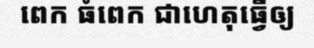
ពេក ធំពេក ជាហេតុធ្វើឲ្យ